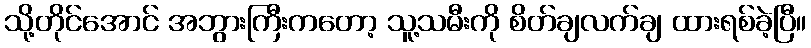
သို့တိုင်အောင် အဘွားကြီးကတော့ သူ့သမီးကို စိတ်ချလက်ချ ထားရစ်ခဲ့ပြီ။